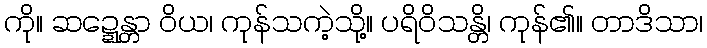
ကို။ ဆဍ္ဍေန္တာ ဝိယ၊ ကုန်သကဲ့သို့။ ပရိဝိသန္တိ၊ ကုန်၏။ တာဒိသာ၊